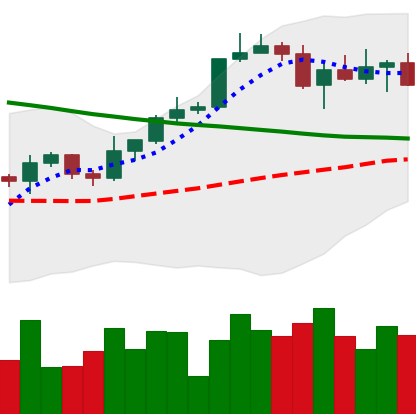
Ticker: BTC-USD
Chart end date: 2022-04-05
Forward return: -7.35%
Label: down_7plus